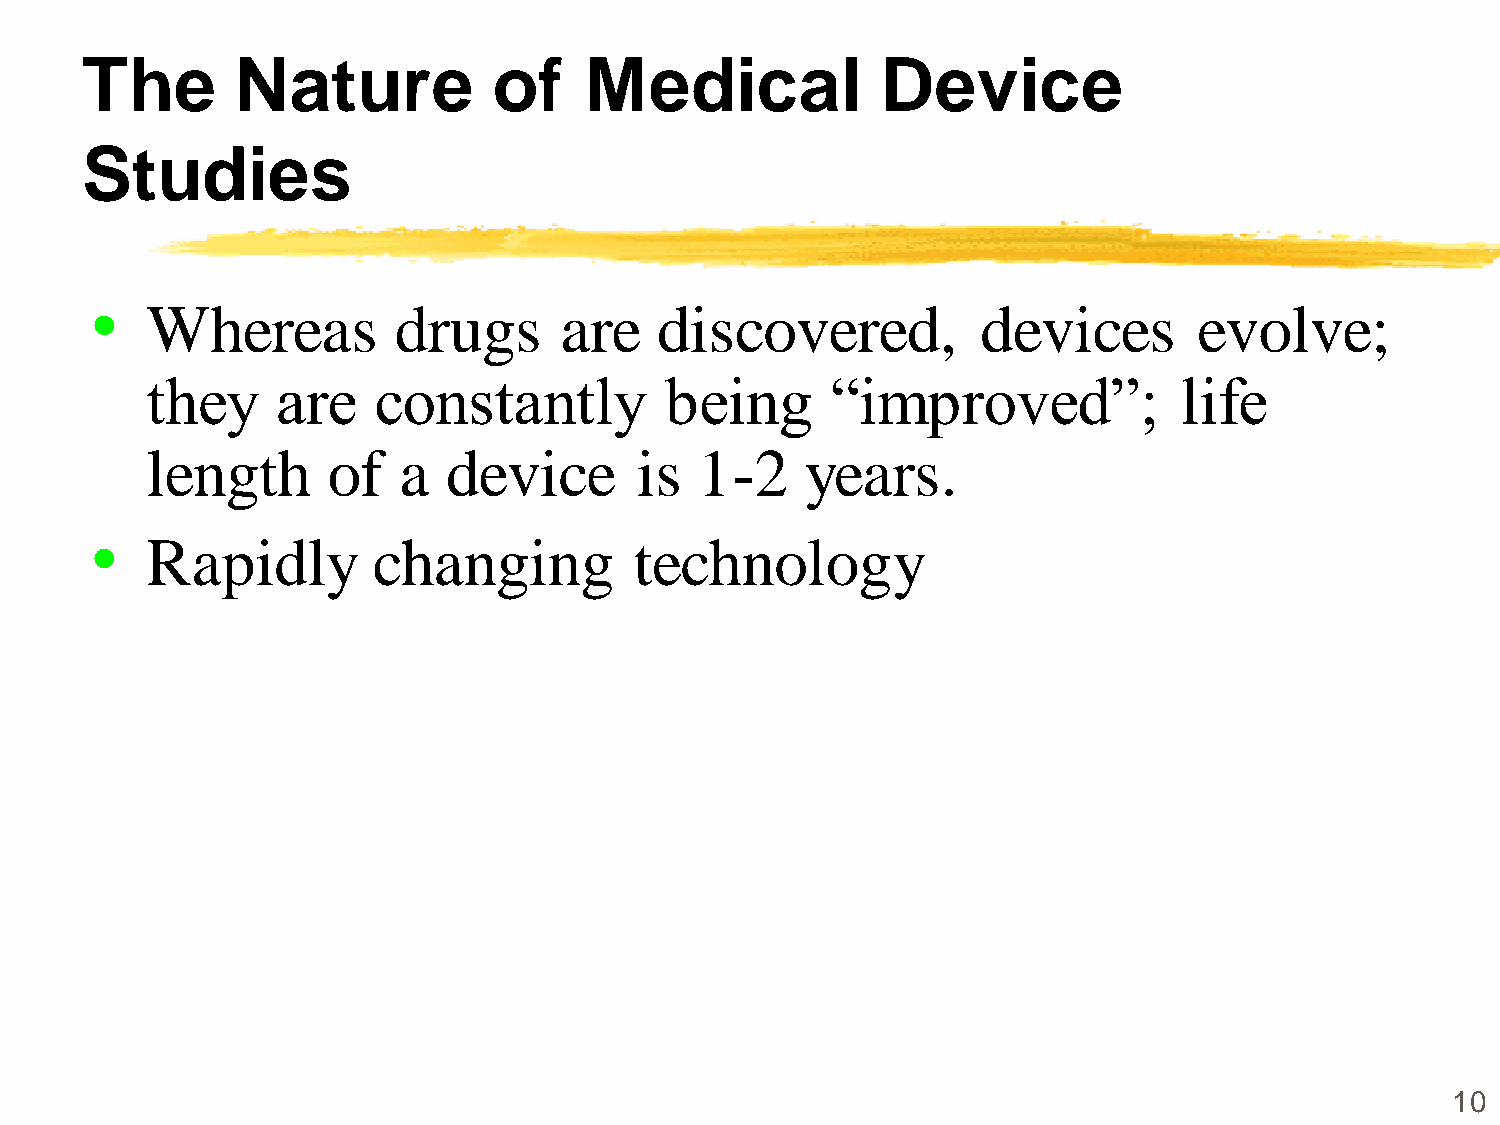
The        Nature           of    Medical            Device
 Studies
 •
 Whereas         drugs      are    discovered,          devices       evolve;
 they    are    constantly         being      “improved”;            life
 length      of  a   device      is  1-2    years.
 •
 Rapidly        changing         technology
 10